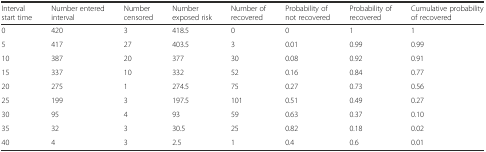
<table><thead><tr><td><b>Interval start time</b></td><td><b>Number entered interval</b></td><td><b>Number censored</b></td><td><b>Number exposed risk</b></td><td><b>Number of recovered</b></td><td><b>Probability of not recovered</b></td><td><b>Probability of recovered</b></td><td><b>Cumulative probability of recovered</b></td></tr></thead><tbody><tr><td>0</td><td>420</td><td>3</td><td>418.5</td><td>0</td><td>0</td><td>1</td><td>1</td></tr><tr><td>5</td><td>417</td><td>27</td><td>403.5</td><td>3</td><td>0.01</td><td>0.99</td><td>0.99</td></tr><tr><td>10</td><td>387</td><td>20</td><td>377</td><td>30</td><td>0.08</td><td>0.92</td><td>0.91</td></tr><tr><td>15</td><td>337</td><td>10</td><td>332</td><td>52</td><td>0.16</td><td>0.84</td><td>0.77</td></tr><tr><td>20</td><td>275</td><td>1</td><td>274.5</td><td>75</td><td>0.27</td><td>0.73</td><td>0.56</td></tr><tr><td>25</td><td>199</td><td>3</td><td>197.5</td><td>101</td><td>0.51</td><td>0.49</td><td>0.27</td></tr><tr><td>30</td><td>95</td><td>4</td><td>93</td><td>59</td><td>0.63</td><td>0.37</td><td>0.10</td></tr><tr><td>35</td><td>32</td><td>3</td><td>30.5</td><td>25</td><td>0.82</td><td>0.18</td><td>0.02</td></tr><tr><td>40</td><td>4</td><td>3</td><td>2.5</td><td>1</td><td>0.4</td><td>0.6</td><td>0.01</td></tr></tbody></table>